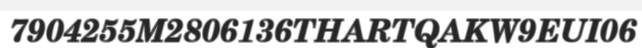
7904255M2806136THARTQAKW9EUI06